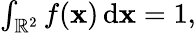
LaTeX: \begin{array}{r}{\int_{\mathbb{R}^{2}}f(\mathbf{x})\, \mathrm{d}\mathbf{x}=1,}\end{array}